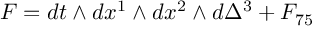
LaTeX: F = d t \wedge d x ^ { 1 } \wedge d x ^ { 2 } \wedge d \Delta ^ { 3 } + F _ { 7 5 }